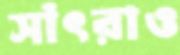
সাঁৎরাও